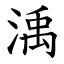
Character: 渪